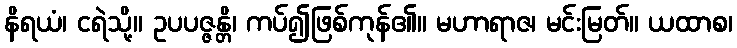
နိရယံ၊ ငရဲသို့။ ဥပပဇ္ဇန္တိ၊ ကပ်၍ဖြစ်ကုန်၏။ မဟာရာဇ၊ မင်းမြတ်။ ယထာစ၊